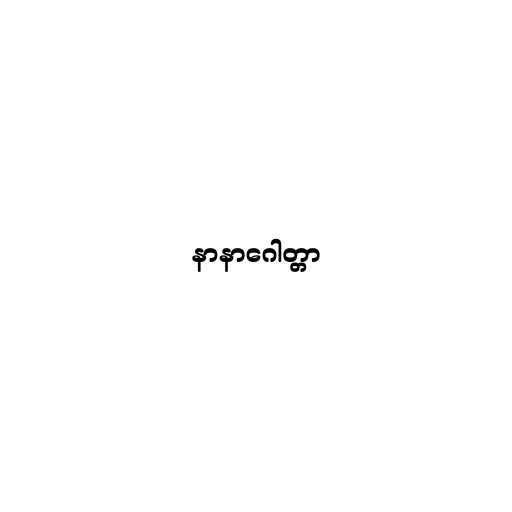
နာနာဂေါတ္တာ